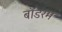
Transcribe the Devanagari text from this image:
बॉडरम